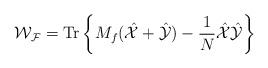
LaTeX: \begin{align*}{\mathcal{W_F}}=\mbox{Tr}\left\{M_f(\hat{\mathcal{X}}+\hat{\mathcal{Y}})-\frac{1}{N}\hat{\mathcal{X}}\hat{\mathcal{Y}}\right\}\end{align*}